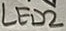
Text: LED2